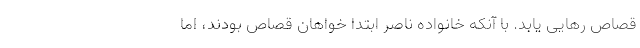
قصاص رهایی یابد. با آنکه خانواده ناصر ابتدا خواهان قصاص بودند، اما